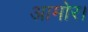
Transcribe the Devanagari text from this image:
आमोर।